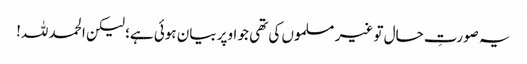
یہ صورتِ حال تو غیر مسلموں کی تھی جو اوپر بیان ہوئی ہے؛ لیکن الحمد للہ!